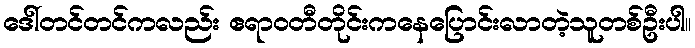
ဒေါ်တင်တင်ကလည်း ဧရာဝတီတိုင်းကနေပြောင်းလာတဲ့သူတစ်ဦးပါ။